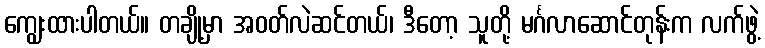
ကျွေးထားပါတယ်။ တချို့မှာ အဝတ်လဲဆင်တယ်၊ ဒီတော့ သူတို့ မင်္ဂလာဆောင်တုန်းက လက်ဖွဲ့